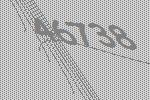
46738